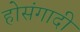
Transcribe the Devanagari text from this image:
होसंगादी